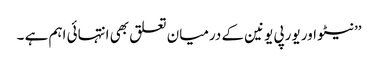
’’نیٹو اور یورپی یونین کے درمیان تعلق بھی انتہائی اہم ہے ۔